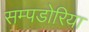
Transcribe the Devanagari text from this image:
सम्पडोरिया